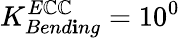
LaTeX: K_{Bend\mathbf{i}ng}^{E\mathbb{C}\mathbb{C}}=10^{0}